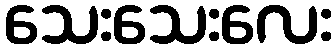
သေးသေးလေး